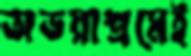
অভয়াশ্রমেই